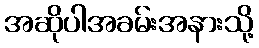
အဆိုပါအခမ်းအနားသို့